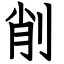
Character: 削